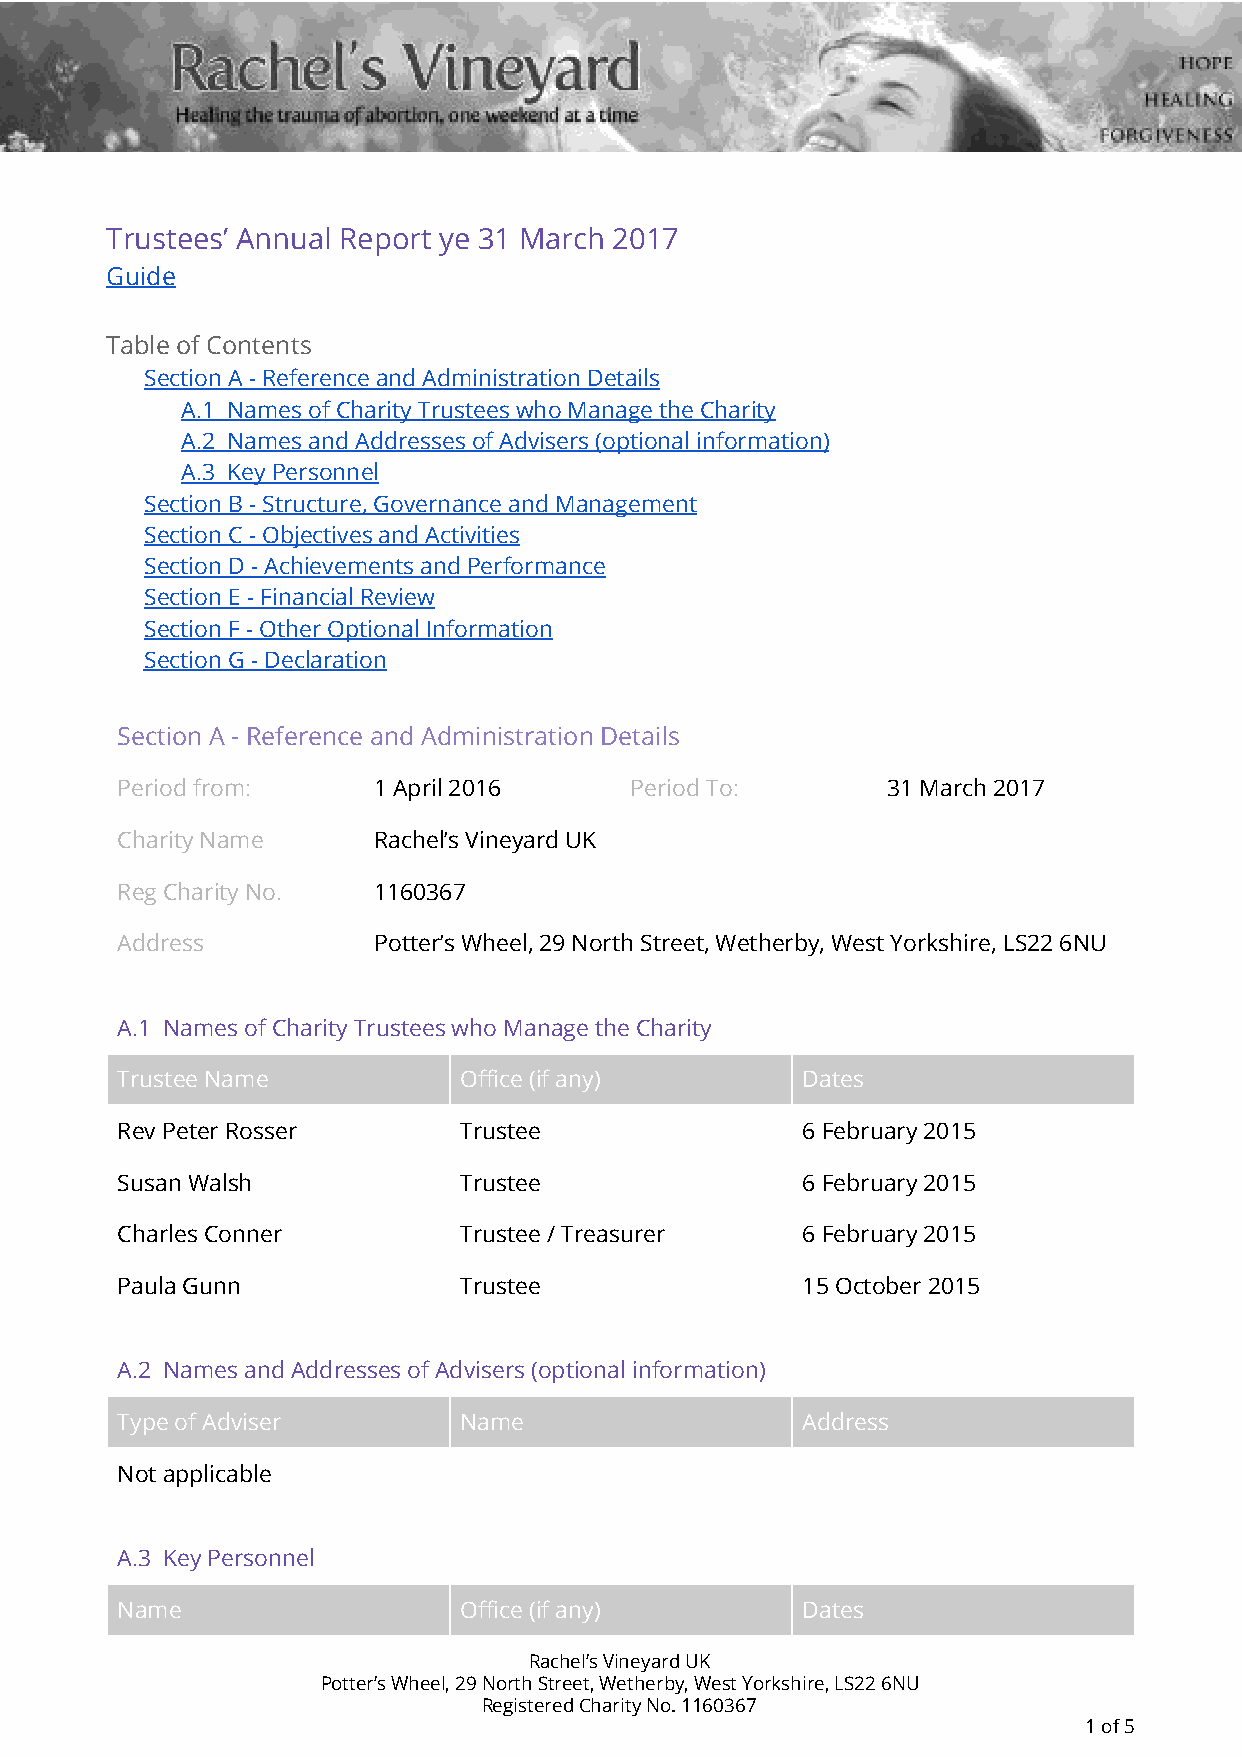
Trustees’ Annual Report ye 31 March 2017
 Guide
 Table of Contents
 Section A - Reference and Administration Details
 A.1 Names of Charity Trustees who Manage the Charity
 A.2 Names and Addresses of Advisers (optional information)
 A.3 Key Personnel
 Section B - Structure, Governance and Management
 Section C - Objectives and Activities
 Section D - Achievements and Performance
 Section E - Financial Review
 Section F - Other Optional Information
 Section G - Declaration
 Section A - Reference and Administration Details
 Period from:     1 April 2016     Period To:       31 March 2017
 Charity Name     Rachel’s Vineyard UK
 Reg Charity No.  1160367
 Address          Potter’s Wheel, 29 North Street, Wetherby, West Yorkshire, LS22 6NU
 A.1 Names of Charity Trustees who Manage the Charity
 Trustee Name          Office (if any)        Dates
 Rev Peter Rosser      Trustee                6 February 2015
 Susan Walsh           Trustee                6 February 2015
 Charles Conner        Trustee / Treasurer    6 February 2015
 Paula Gunn            Trustee                15 October 2015
 A.2 Names and Addresses of Advisers (optional information)
 Type of Adviser       Name                   Address
 Not applicable
 A.3 Key Personnel
 Name                  Office (if any)        Dates
 Rachel’s Vineyard UK
 Potter’s Wheel, 29 North Street, Wetherby, West Yorkshire, LS22 6NU
 Registered Charity No. 1160367
 1 of 5